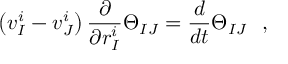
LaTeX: \left( v _ { I } ^ { i } - v _ { J } ^ { i } \right) { \frac { \partial } { \partial r _ { I } ^ { i } } } \Theta _ { I J } = { \frac { d } { d t } } \Theta _ { I J } \ \ ,